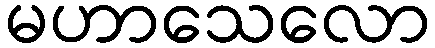
မဟာသေလော